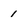
Character: 1